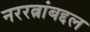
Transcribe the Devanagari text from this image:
नररत्नांबद्दल